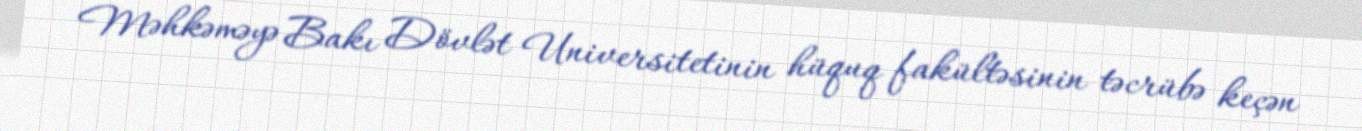
Məhkəməyə Bakı Dövlət Universitetinin hüquq fakültəsinin təcrübə keçən